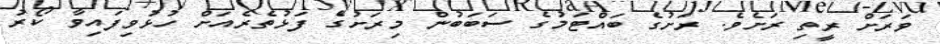
ވަރަށް ރީތި ރަށެވެ. ރަށުގެ ބައްޓަމުގެ ސަބަބުން މިރަށުގެ ފަޅުތެރެއަށް ހުޅުވިފައިވާ ކޯރު